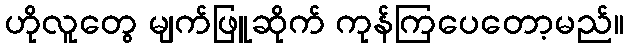
ဟိုလူတွေ မျက်ဖြူဆိုက် ကုန်ကြပေတော့မည်။